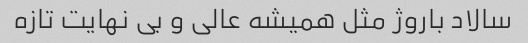
سالاد باروژ مثل همیشه عالی و بی نهایت تازه